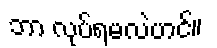
ဘာ လုပ်ရမလဲဟင်။